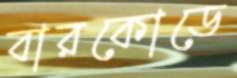
বারকোডে